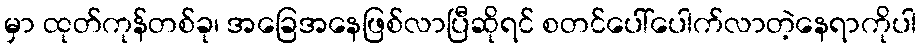
မှာ ထုတ်ကုန်တစ်ခု၊ အခြေအနေဖြစ်လာပြီဆိုရင် စတင်ပေါ်ပေါက်လာတဲ့နေရာကိုပါ